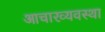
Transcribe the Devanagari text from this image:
आचारव्यवस्था